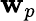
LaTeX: \mathbf{w}_{p}